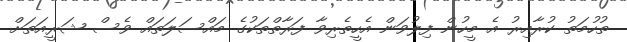
ތުހުމަތު ކުރާއިރު އެ މީހުން ފިލުވަން އެހީތެރިވާ ފަރާތްތަކުގެ މައްސަލަތައް ވެސް ޝަރީއަތަށް